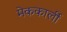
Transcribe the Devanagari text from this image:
मेककार्ली